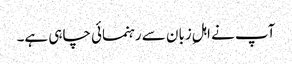
آپ نے اہلِ زبان سے رہنمائی چاہی ہے۔